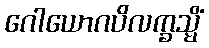
ဂေါယောဂပိလက္ခသ္မိံ